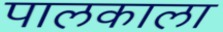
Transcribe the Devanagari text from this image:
पालकाला